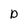
Character: D